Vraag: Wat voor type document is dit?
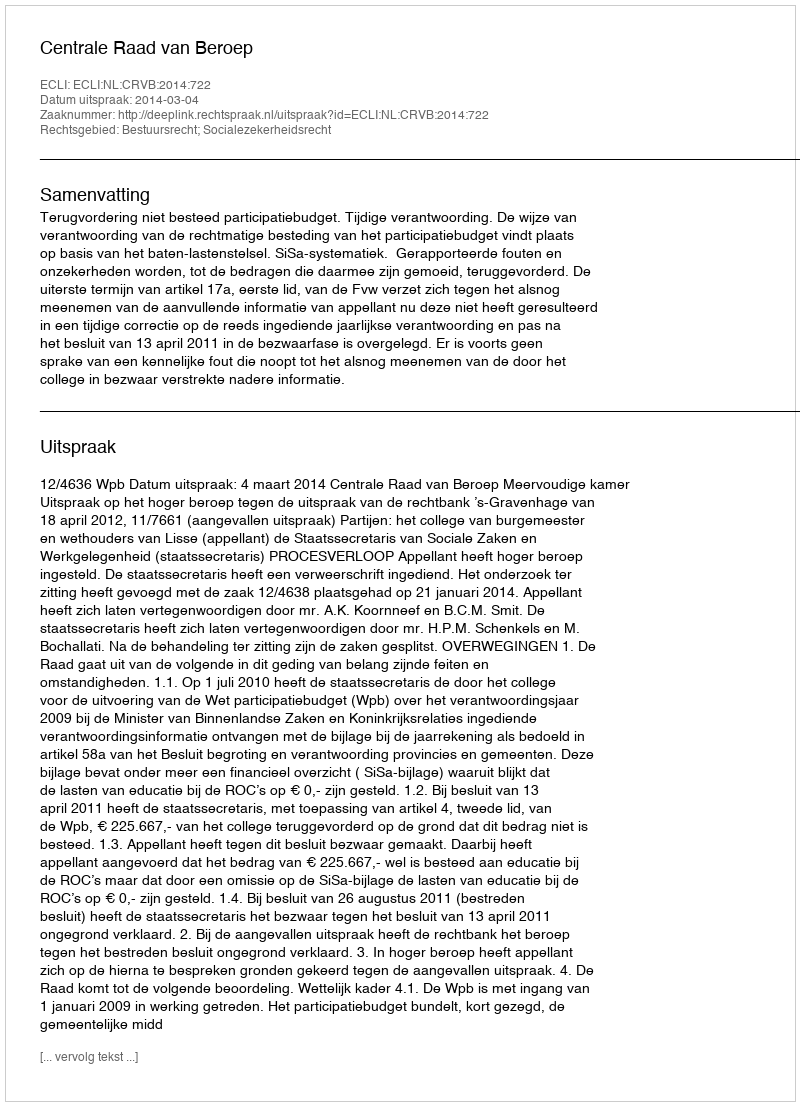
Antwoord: Uitspraak